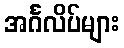
အင်္ဂလိပ်များ